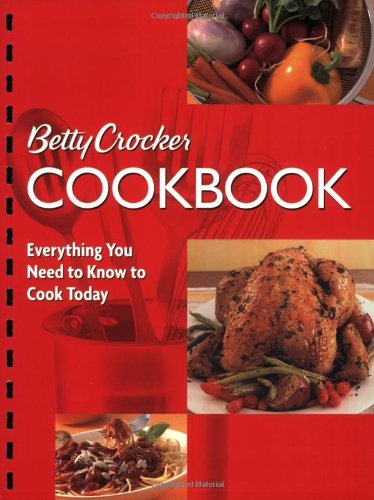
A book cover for Betty Crocker Cookbook, 10th Edition (Combbound) (Betty Crocker New Cookbook); Betty Crocker; Cookbooks, Food & Wine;